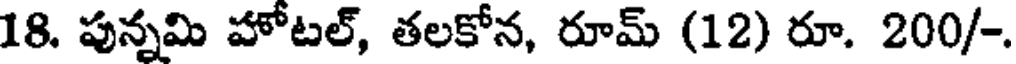
18. పున్నమి హోటల్, తలకోన, రూమ్ (12) రూ. 200/-.